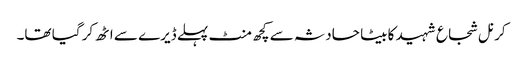
کرنل شجاع شہید کا بیٹا حادثہ سے کچھ منٹ پہلے ڈیرے سے اٹھ کر گیا تھا۔